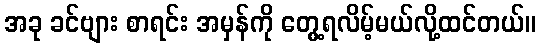
အခု ခင်ဗျား စာရင်း အမှန်ကို တွေ့ရလိမ့်မယ်လို့ထင်တယ်။